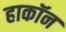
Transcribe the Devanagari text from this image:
हाकॉन